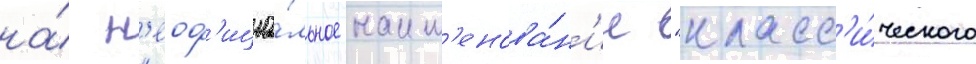
на́ н'еоф'ициа́льное наим'енова́н'ие "класс'и́ческого